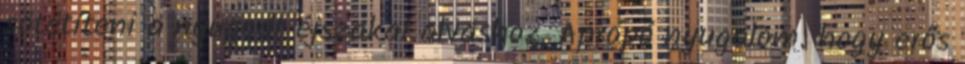
sötétíteni a nyugodt éjszakai alváshoz. Apropó nyugalom: hogy erős